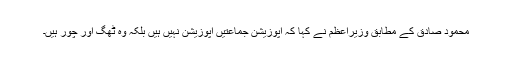
محمود صادق کے مطابق وزیراعظم نے کہا کہ اپوزیشن جماعتیں اپوزیشن نہیں ہیں بلکہ وہ ٹھگ اور چور ہیں۔